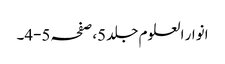
انوار العلوم جلد 5،صفحہ 5-4۔